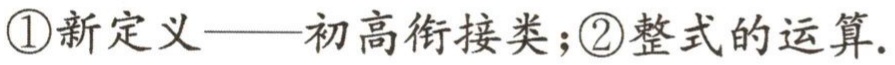
\textcircled{1}新定义——初高衔接类；\textcircled{2}整式的运算.